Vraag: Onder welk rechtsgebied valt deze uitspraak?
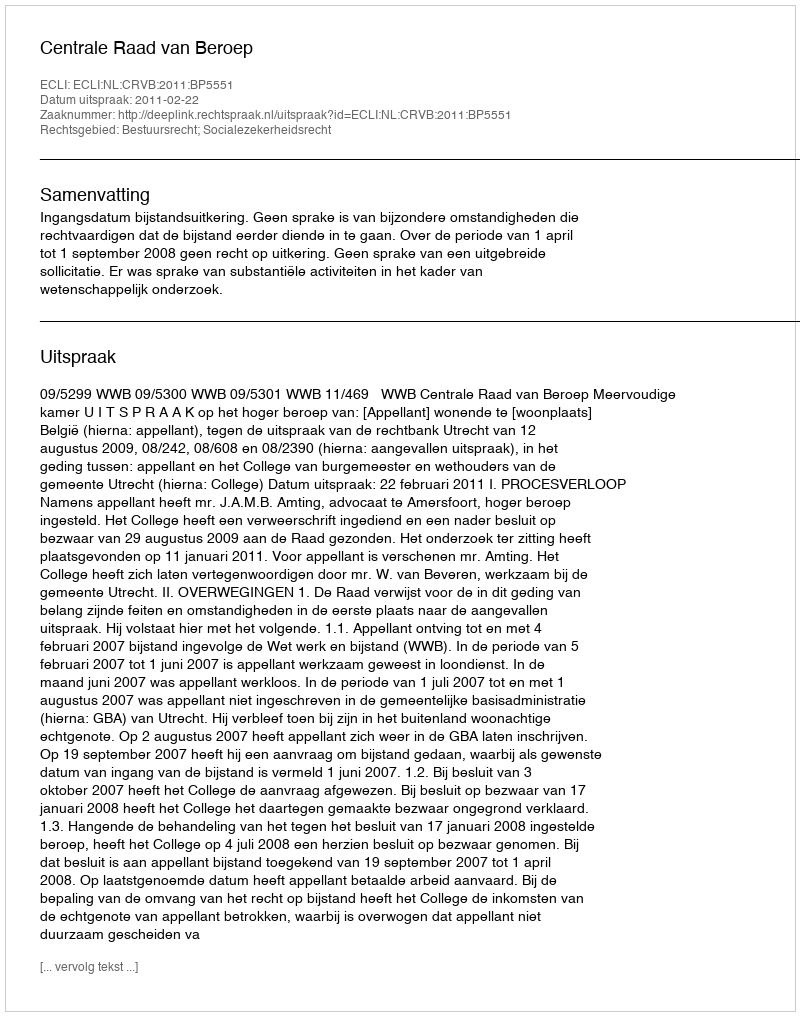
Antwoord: Bestuursrecht; Socialezekerheidsrecht